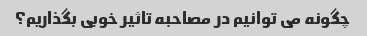
چگونه می توانیم در مصاحبه تاثیر خوبی بگذاریم؟